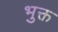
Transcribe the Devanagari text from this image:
भुक्त